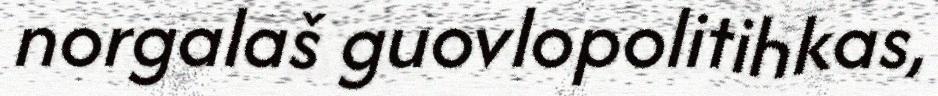
norgalaš guovlopolitihkas,